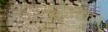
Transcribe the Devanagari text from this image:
दार्ढ्‌यंकृत्